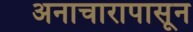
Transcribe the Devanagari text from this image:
अनाचारापासून